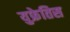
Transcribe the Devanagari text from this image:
युफ्रेतिस